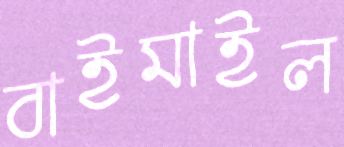
বাইমাইল